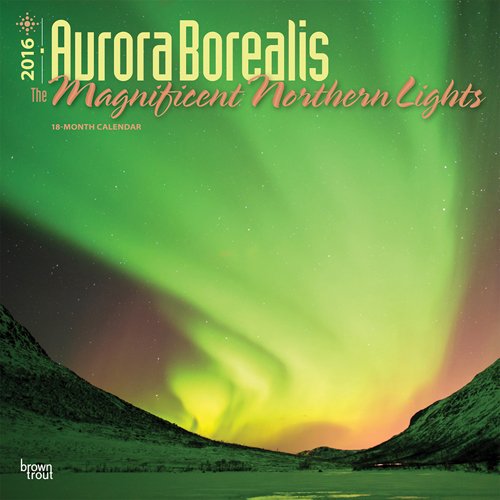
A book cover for Aurora Borealis - The Magnificent Northern Lights 2016 Square 12x12; Browntrout Publishers; Calendars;